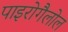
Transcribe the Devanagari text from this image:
पाइरोगैलोल